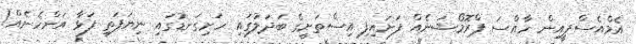
އެމްއެސްޕީއިން ހާއްސަ ޕްރޮމޯޝަނެއް ފަށައިފި އިސްތަށީގެ ބަދަލުގައި ހަށިގަނޑުގައި ނިޔަފަތި ފަޅާ އަންހެނެއް!